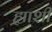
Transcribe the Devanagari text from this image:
ह्याशी